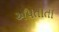
અપતાતા